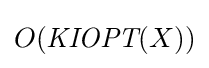
O({\textit {KIOPT}}(X))